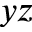
y z